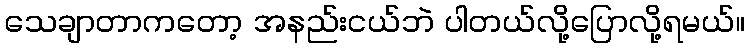
သေချာတာကတော့ အနည်းငယ်ဘဲ ပါတယ်လို့ပြောလို့ရမယ်။